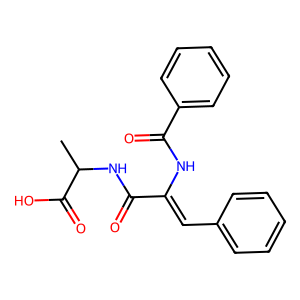
SMILES: CC(NC(=O)C(=Cc1ccccc1)NC(=O)c1ccccc1)C(=O)O
Inhibits HIV replication: No